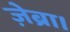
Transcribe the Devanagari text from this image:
ज़ेब्रा।